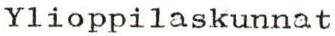
Ylioppilaskunnat